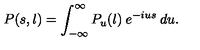
P ( s , l ) = \int _ { - \infty } ^ { \infty } P _ { u } ( l ) \: e ^ { - i u s } \: d u .